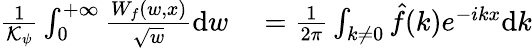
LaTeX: \begin{array}{rl}{\frac{1}{\mathcal{K}_{\psi}}\int_{0}^{+\infty}\frac{W_{f}(w,x)}{\sqrt{w}}\mathrm{d}w}&{{}=\frac{1}{2\pi}\int_{k\neq 0}\hat{f}(k)e^{-ikx}\mathrm{d}k}\end{array}